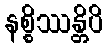
နစ္စိဿန္တိပိ